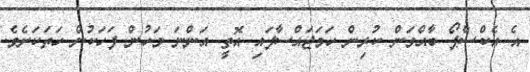
އެ އެކްސްޕޯ ބާއްވަން ކުރިން ހަމަޖައްސާފައި އޮތީ އަންނަ މަހުން ފަހަކުން ހަތަކަށެވެ.